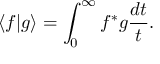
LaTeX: \langle f \vert g \rangle = \int _ { 0 } ^ { \infty } f ^ { * } g \frac { d t } { t } .